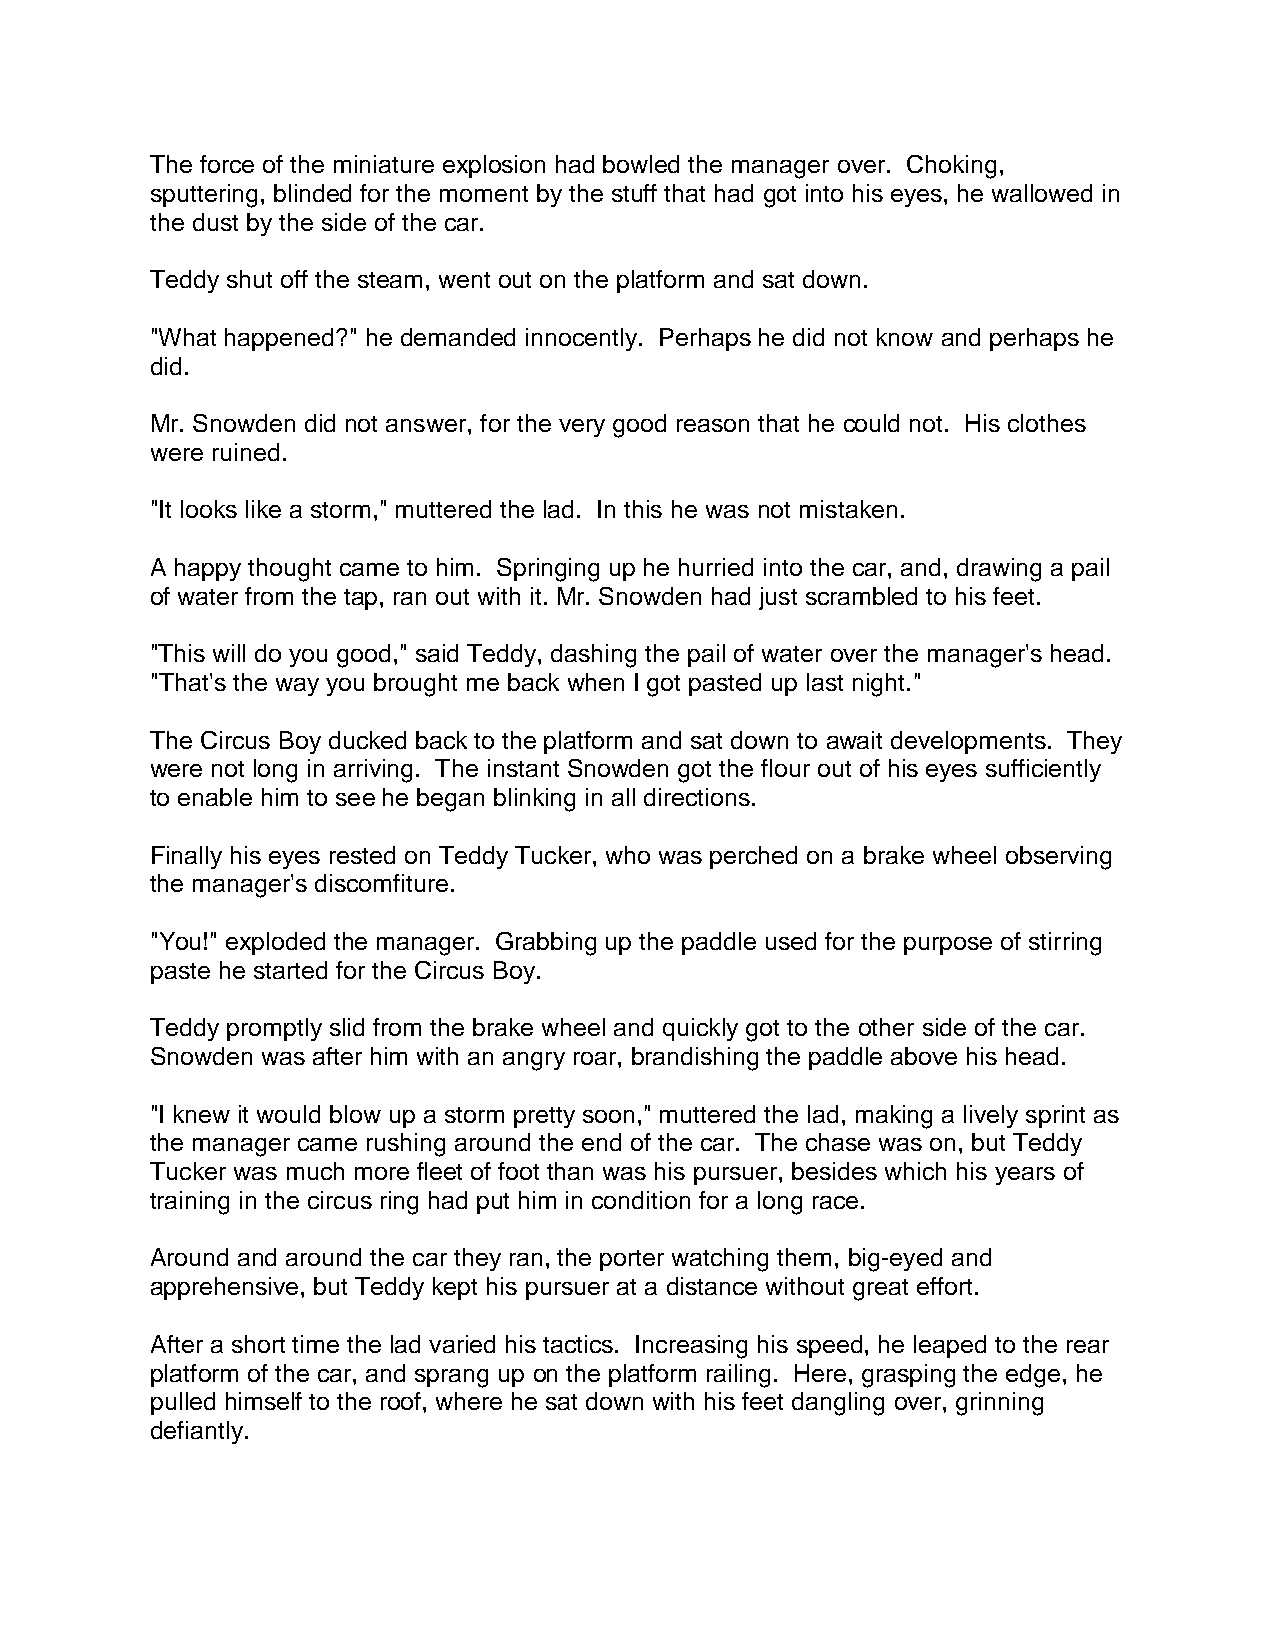
The force of the miniature explosion had bowled the manager over. Choking,
 sputtering, blinded for the moment by the stuff that had got into his eyes, he wallowed in
 the dust by the side of the car.
 Teddy shut off the steam, went out on the platform and sat down.
 "What happened?" he demanded innocently. Perhaps he did not know and perhaps he
 did.
 Mr. Snowden did not answer, for the very good reason that he could not. His clothes
 were ruined.
 "It looks like a storm," muttered the lad. In this he was not mistaken.
 A happy thought came to him. Springing up he hurried into the car, and, drawing a pail
 of water from the tap, ran out with it. Mr. Snowden had just scrambled to his feet.
 "This will do you good," said Teddy, dashing the pail of water over the manager's head.
 "That's the way you brought me back when I got pasted up last night."
 The Circus Boy ducked back to the platform and sat down to await developments. They
 were not long in arriving. The instant Snowden got the flour out of his eyes sufficiently
 to enable him to see he began blinking in all directions.
 Finally his eyes rested on Teddy Tucker, who was perched on a brake wheel observing
 the manager's discomfiture.
 "You!" exploded the manager. Grabbing up the paddle used for the purpose of stirring
 paste he started for the Circus Boy.
 Teddy promptly slid from the brake wheel and quickly got to the other side of the car.
 Snowden was after him with an angry roar, brandishing the paddle above his head.
 "I knew it would blow up a storm pretty soon," muttered the lad, making a lively sprint as
 the manager came rushing around the end of the car. The chase was on, but Teddy
 Tucker was much more fleet of foot than was his pursuer, besides which his years of
 training in the circus ring had put him in condition for a long race.
 Around and around the car they ran, the porter watching them, big-eyed and
 apprehensive, but Teddy kept his pursuer at a distance without great effort.
 After a short time the lad varied his tactics. Increasing his speed, he leaped to the rear
 platform of the car, and sprang up on the platform railing. Here, grasping the edge, he
 pulled himself to the roof, where he sat down with his feet dangling over, grinning
 defiantly.